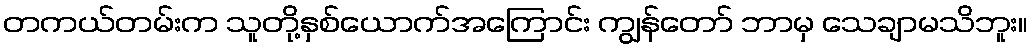
တကယ်တမ်းက သူတို့နှစ်ယောက်အကြောင်း ကျွန်တော် ဘာမှ သေချာမသိဘူး။